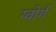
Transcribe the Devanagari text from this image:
य्वोर्ग